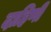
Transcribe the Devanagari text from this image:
दाहिणी